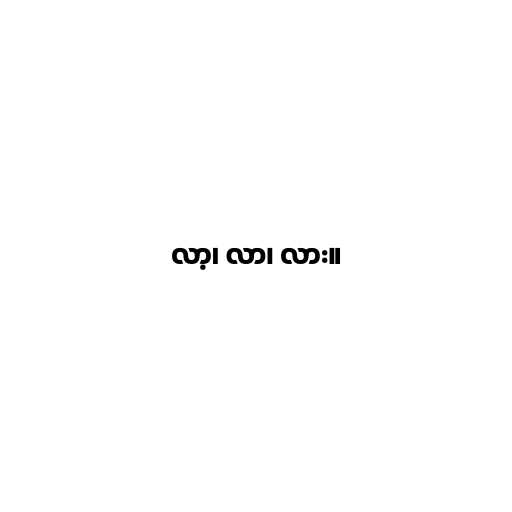
လာ့၊ လာ၊ လား။